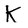
Character: K